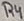
Text: R4